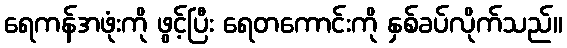
ရေကန်အဖုံးကို ဖွင့်ပြီး ရေတကောင်းကို နှစ်ခပ်လိုက်သည်။